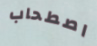
اصطحاب